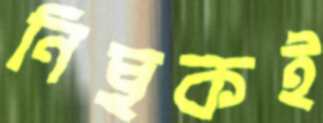
নিছকই